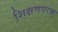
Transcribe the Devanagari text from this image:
शिक्षणपरक